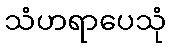
သံဟရာပေသုံ